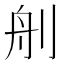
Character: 𦨉